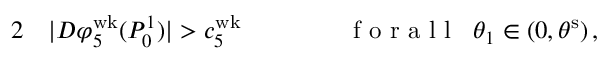
\begin{array} { r l r l } { { 2 } } & { { } | D \varphi _ { 5 } ^ { \mathrm { w k } } ( P _ { 0 } ^ { 1 } ) | > c _ { 5 } ^ { \mathrm { w k } } \, \qquad } & { } & { { } \mathrm { ~ f ~ o ~ r ~ a ~ l ~ l ~ } \; \; \theta _ { 1 } \in ( 0 , \theta ^ { \mathrm { s } } ) \, , } \end{array}